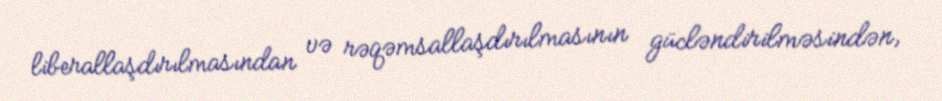
liberallaşdırılmasından və rəqəmsallaşdırılmasının gücləndirilməsindən,